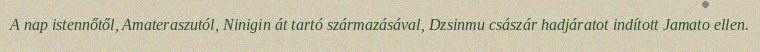
A nap istennőtől, Amateraszutól, Ninigin át tartó származásával, Dzsinmu császár hadjáratot indított Jamato ellen.